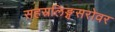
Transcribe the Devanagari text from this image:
सहस्रलिङ्गसरोवर